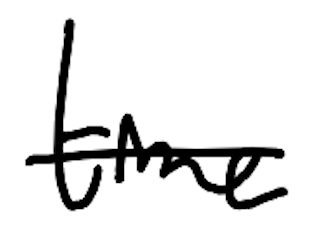
Text: time
Cross-out: mix
Writing tool: digital_black